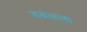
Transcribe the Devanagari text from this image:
हबलला